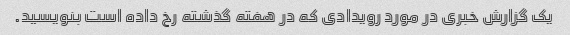
یک گزارش خبری در مورد رویدادی که در هفته گذشته رخ داده است بنویسید.